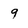
Character: 9